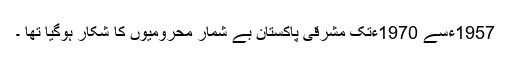
1957ءسے 1970ءتک مشرقی پاکستان بے شمار محرومیوں کا شکار ہوگیا تھا ۔